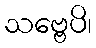
သဗ္ဗေပိ၊